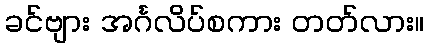
ခင်ဗျား အင်္ဂလိပ်စကား တတ်လား။